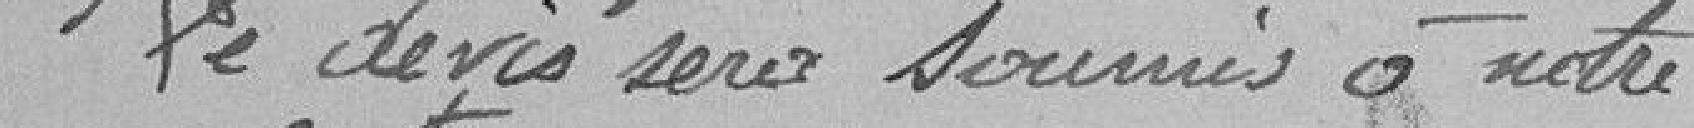
Le devis sera soumis à notre